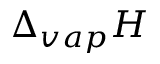
\Delta _ { v a p } H